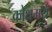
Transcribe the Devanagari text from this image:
क्रोधमय